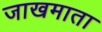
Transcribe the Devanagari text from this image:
जाखमाता